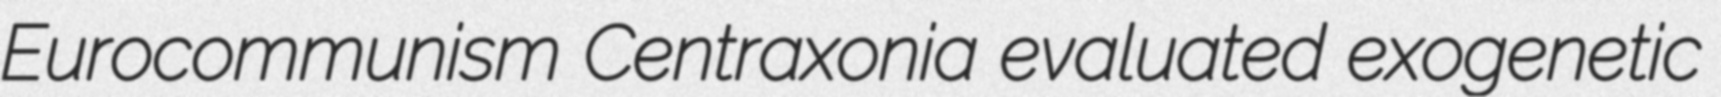
Eurocommunism Centraxonia evaluated exogenetic